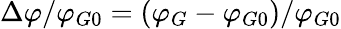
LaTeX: \Delta\varphi/\varphi_{G0}=(\varphi_{G}-\varphi_{G0})/\varphi_{G0}